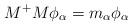
LaTeX: \begin{align*}M^+M \phi_{\alpha}=m_{\alpha} \phi_{\alpha} \end{align*}